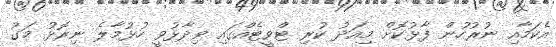
އެކަމާއި ނުރުހުން ފާޅުކޮށް މިއަދު ކުރި ޓްވީޓެއްގައި ވިދާޅުވީ ހުޅުމާލެ ނިރޮޅު މަގު